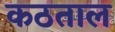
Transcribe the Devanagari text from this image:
कठताल